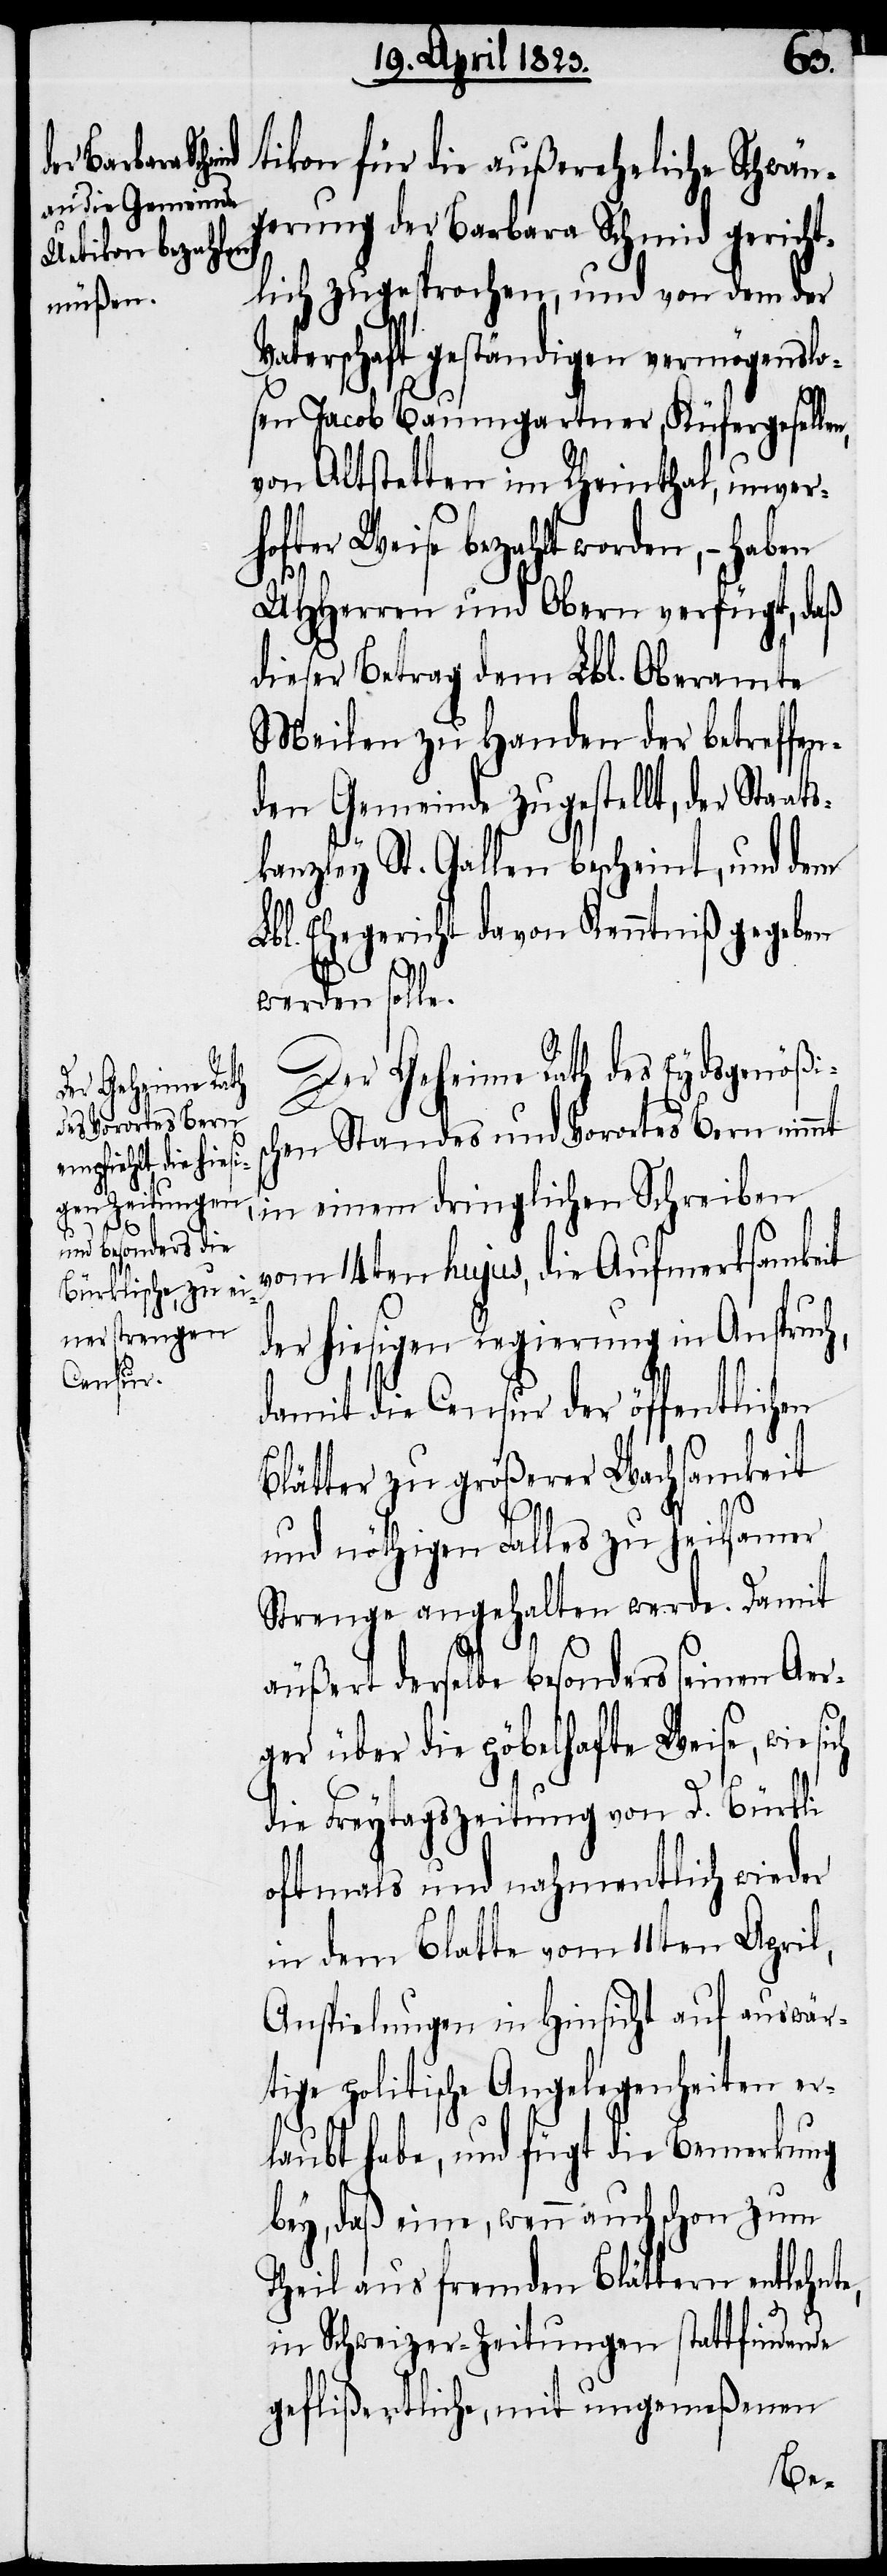
tikon für die außereheliche Schwän¬
gerung der Barbara Schmid gericht¬
lich zugesprochen, und von dem der
Vaterschaft geständigen vermögenslo¬
sen Jacob Baumgartner, Küfergeselle¬
von Altstetten im Rheinthal, unver¬
er Weise bezahlt worden, – haben
UHHerren und Obern verfügt, daß
dieser Betrag dem Lbl. Oberamte
Meilen zu Handen der betreffen¬
den Gemeinde zugestellt, der Staats¬
kanzley St. Gallen bescheint, und dem
Lbl. Ehegericht davon Kenntniß gegeben
werden solle.
Der Geheime Rath des Eydsgenößis¬
chen Standes und Vorortes Bern nimmt
hof[f]t¬
in einem dringlichen Schreiben
vom 14ten hujus, die Aufmerksamkeit
der hiesigen Regierung in Anspruch,
damit die Censur der öffentlichen
Blätter zu größerer Wachsamkeit
und nöthigen Falles zu heilsamer
Strenge angehalten werde. Damit
äußert derselbe besonders seinen Aer¬
ger über die pöbelhafte Weise, wie si¬
die Freytagszeitung von D. Bürkli
oftmals und nahmentlich wieder
in dem Blatte vom 11ten April,
Anspielungen in Hinsicht auf auswär¬
tige politische Angelegenheiten er¬
laubt habe, und fügt die Bemerkung
bey, daß eine, wenn auch schon zum
Theil aus fremden Blättern entlehnte,
ch
in Schweizer-Zeitungen stattfindende
geflißentliche, mit ungemeßenen